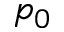
p _ { 0 }